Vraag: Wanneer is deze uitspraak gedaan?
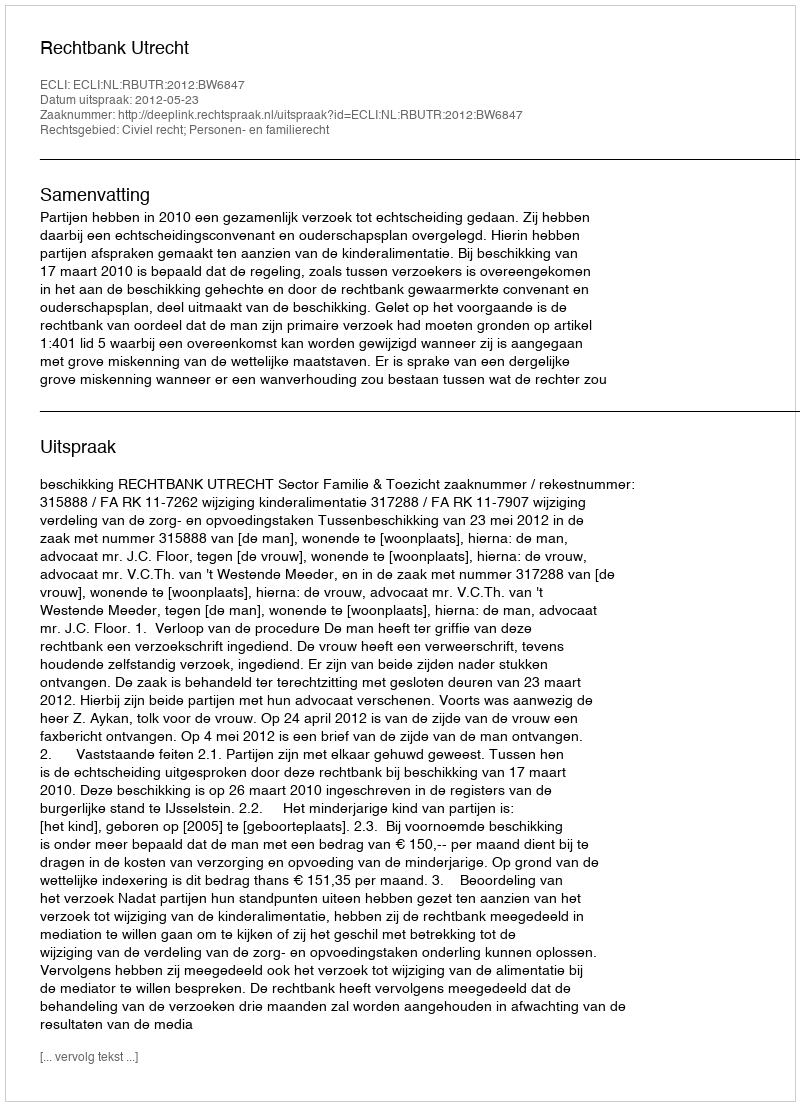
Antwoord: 2012-05-23